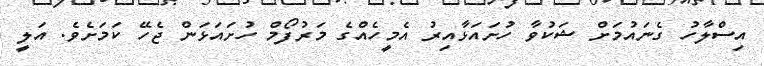
އިސްލާހު ގެނައުމަށް ޝަކުވާ ހުށައަޅާއިރު އެމީހެއްގެ މަރުފޯމް ހުށައަޅަން ޖެހޭ ކަމަށެވެ. އަލީ